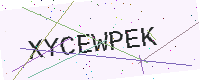
Text: XYCEWPEK